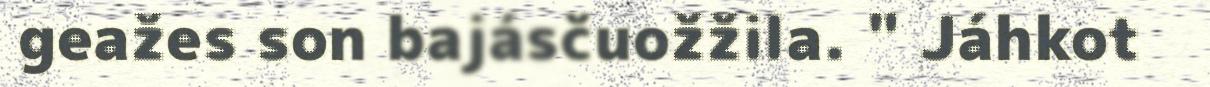
geažes son bajásčuožžila. " Jáhkot